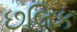
છલિક